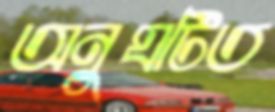
অনুঘটিত